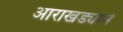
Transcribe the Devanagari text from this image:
आराखड्याने